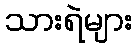
သားရဲများ